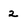
Character: 2